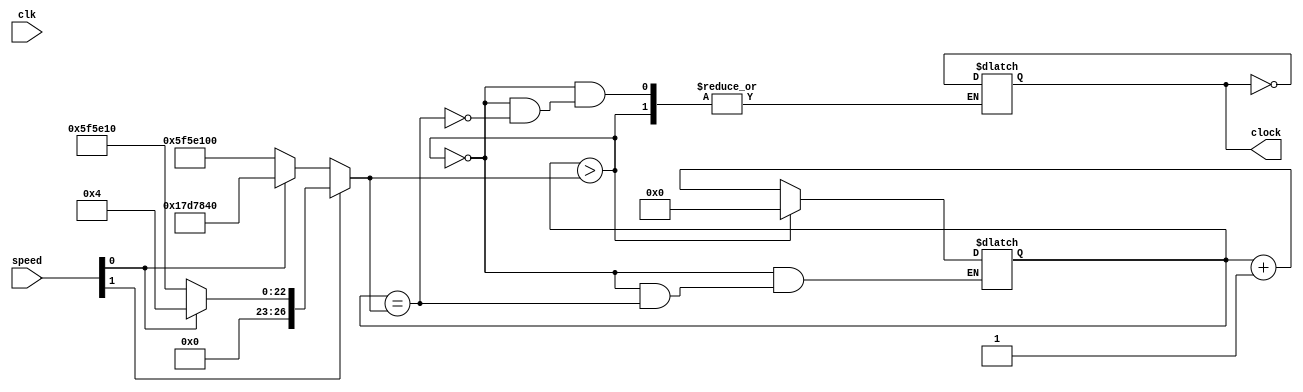
`timescale 1ns / 1ps

module clock_divider( 
    input clk,
    input [1:0] speed,
    output clock
    );


reg [26:0] clock_divide_max;
reg [26:0] clock_divide_counter;
reg internal_clock;

// diferentes velocidad del clock como constantes
wire [26:0] full_max    = 'b000000000000000000000000100;
wire [26:0] fast_max    = 'b000010111110101111000010000;
wire [26:0] normal_max  = 'b001011111010111100001000000;
wire [26:0] slow_max    = 'b101111101011110000100000000;



always @(*)
begin
clock_divide_max = speed[1] ? (speed[0] ? full_max : fast_max) : (speed[0] ? normal_max : slow_max);
end


always @(clk)
if(clock_divide_counter > clock_divide_max) clock_divide_counter = 'b0;
else if (clock_divide_counter == clock_divide_max) internal_clock = ~internal_clock;
else clock_divide_counter = clock_divide_counter + 1;


assign clock = internal_clock;
endmodule